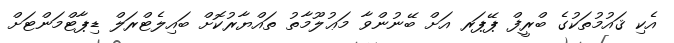
އެކި ޤައުމުތަކުގެ ބްރީފް ޕޭޕަރ އަށް ބޭނުންވާ މަޢުލޫމާތު ތައްޔާރުކޮށް ބައިލެޓްރަލް ޑިޕާޓްމަންޓަށް